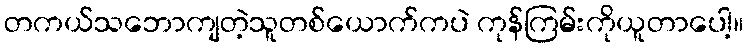
တကယ်သဘောကျတဲ့သူတစ်ယောက်ကပဲ ကုန်ကြမ်းကိုယူတာပေါ့။